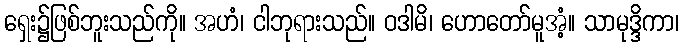
ရှေး၌ဖြစ်ဘူးသည်ကို။ အဟံ၊ ငါဘုရားသည်။ ဝဒါမိ၊ ဟောတော်မူအံ့။ သာမုဒ္ဒိကာ၊